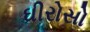
ઘીરોસો